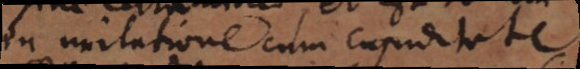
in imitatione cum cupiditate